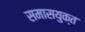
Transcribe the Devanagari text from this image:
समासयुक्त